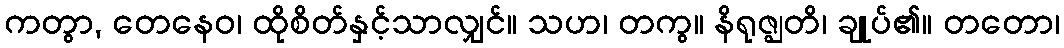
ကတွာ, တေနေဝ၊ ထိုစိတ်နှင့်သာလျှင်။ သဟ၊ တကွ။ နိရုဇ္ဈတိ၊ ချုပ်၏။ တတော၊